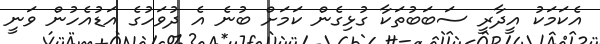
އެކަމަކު އީދާރީ ސަބަބުތަކާ ގުޅިގެން ކަމަށް ބުނެ އެ ދުވަހުގެ އަޑުއެހުން ވަނީ